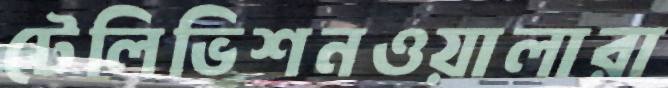
টেলিভিশনওয়ালারা